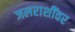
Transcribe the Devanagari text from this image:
जलराशींवर